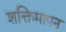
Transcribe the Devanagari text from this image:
शक्तिमापन